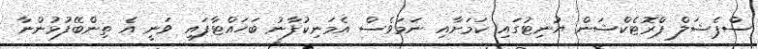
ސްޕެޝަލް ޕްރޮޓެކްޝަން ޔުނިޓުގައި ކަމަށާއި ނަމަވެސް އެމަނިކުފާނު ބަހައްޓާފައި ވަނީ އެ ތިންބޭފުޅުންނާ